Annual administration report of the Bombay Presidency - 1887-1892
Year: 1887
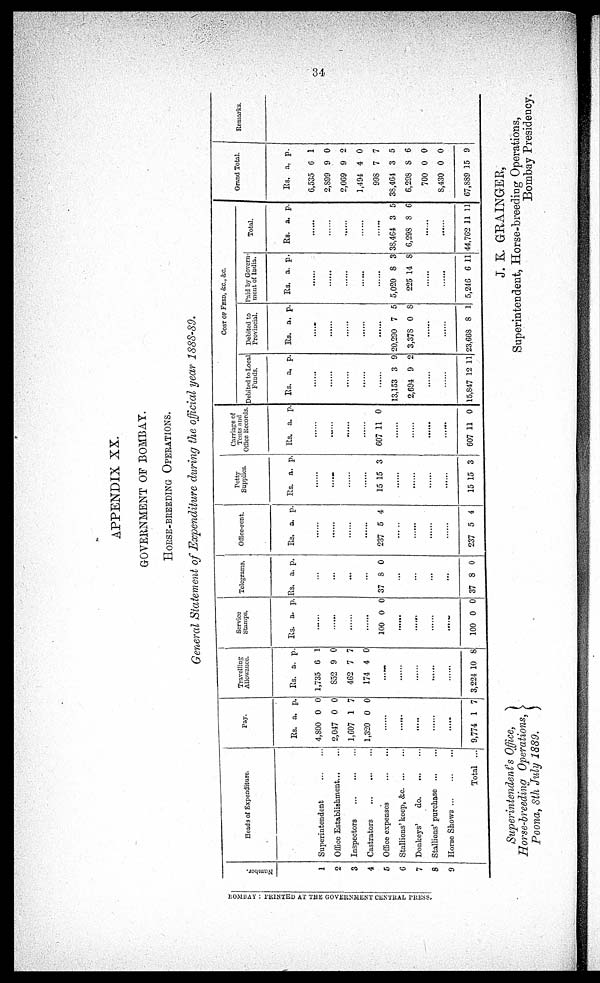
34
APPENDIX XX.
GOVERNMENT OF BOMBAY.
HORSE-BREEDING OPERATIONS.
General Statement of Expenditure during the official year 1888-89.
Numbe r
.
1
2
3
4
5
6
7
8
9
Heads of Expenditure.
Superintendent
...
...
Office Establishment... ...
Inspectors
...
...
...
Castrators
...
...
...
Office expenses
...
...
Stallions' keep, &c. ... ...
Donkeys'
do.
...
...
Stallions' purchase
...
...
Horse Shows
...
...
...
Total ...
Pay.
Rs.
4,800
2,047
1,607
1,320
a.
0
0
1
0
p.
0
0
7
0
......
......
......
......
......
9,774 1 7
Travelling
Allowance.
Rs.
1,735
852
462
174
a.
6
9
7
4
p.
1
0
7
0
......
......
......
......
......
3,224 10 8
Service
Stumps.
Rs. a. p.
......
......
......
......
100 0 0
......
......
......
......
100 0 0
Telegrams.
Rs. a. p.
...
...
...
...
37 8 0
...
...
...
...
37 8 0
Office-rent.
Rs. a. p.
......
......
......
......
237 5 4
......
......
......
......
237 5 4
Petty
Supplies.
Rs. a. p.
......
......
......
......
15 15 3
......
......
......
......
15 15 3
Carriage of
Tents and
Office Records.
Rs. a. p.
......
......
......
......
607 11 0
......
......
......
......
607 11 0
COST OF FEED, &C., &C.
Debited to Local
Funds.
Rs. a. p.
......
......
......
......
......
13,153
2,694
3
9
9
2
......
......
15,847 12 11
Debited to
Provincial.
Rs. a. p.
......
......
......
......
......
20,290
3,378
7
0
5
8
......
......
23,668 8 1
Paid by Govern¬
ment of India.
Rs. a. p.
......
......
......
......
......
5,020
225
8
14
3
8
......
......
5,246 6 11
Total.
Rs. a. p.
......
......
......
......
......
38,464
6,298
3
8
5
6
......
......
44,762 11 11
Grand Total.
Rs.
6,535
2,899
2,069
1,494
998
38,464
6,298
700
8,430
67,889
a.
6
9
9
4
7
3
8
0
0
15
p.
1
0
2
0
7
5
6
0
0
9
Remarks.
BOMBAY : PRINTED AT THE GOVERNMENT CENTRAL PRESS.
Superintendent's Office,
Horse-breeding Operations,
Poona, 8th July 1889.
J. K. GRAINGER,
Superintendent, Horse-breeding Operations,
Bombay Presidency.